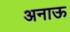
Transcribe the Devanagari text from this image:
अनाऊ